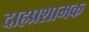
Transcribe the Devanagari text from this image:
दाहप्रशामक